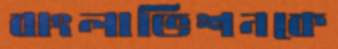
বাংলাভিশনকে